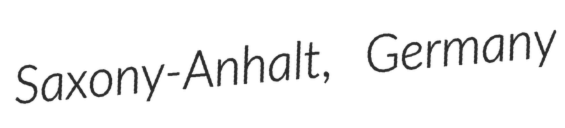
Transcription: Saxony-Anhalt, Germany